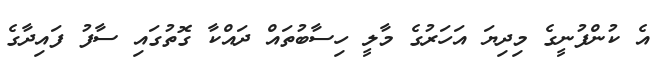
އެ ކުންފުނީގެ މިދިޔަ އަހަރުގެ މާލީ ހިސާބުތައް ދައްކާ ގޮތުގައި ސާފު ފައިދާގެ